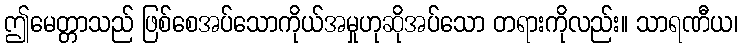
ဤမေတ္တာသည် ဖြစ်စေအပ်သောကိုယ်အမှုဟုဆိုအပ်သော တရားကိုလည်း။ သာရဏီယ၊